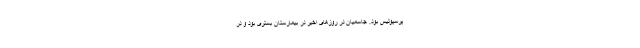
پرسپولیس بود. جاسمیان در روزهای اخیر در بیمارستان بستری بود و در